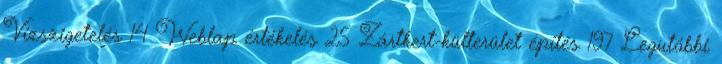
Vízszigetelés 14 Weblap értékelés 25 Zártkert-külterület építés 197 Legutóbbi